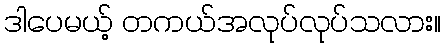
ဒါပေမယ့် တကယ်အလုပ်လုပ်သလား။